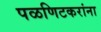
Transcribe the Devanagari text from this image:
पळणिटकरांना